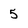
Character: 5